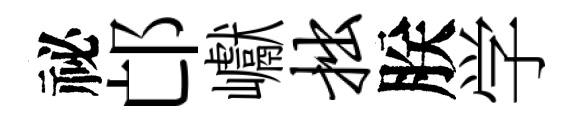
祕邙巘拙朕学